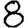
Digit: 8